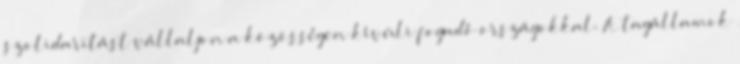
szolidaritást vállaljon a közösségen kívüli fogadó országokkal. A tagállamok